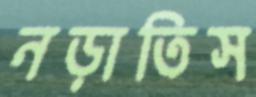
নড়াতিস